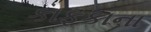
કાફકાના